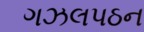
ગઝલપઠન